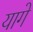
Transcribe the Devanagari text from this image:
यागे